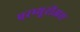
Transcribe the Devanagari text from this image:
परप्यूरीअस